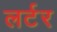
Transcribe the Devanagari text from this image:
लर्टर